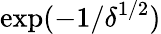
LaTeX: \exp(-1/\delta^{1/2})